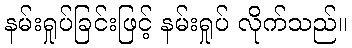
နမ်းရှုပ်ခြင်းဖြင့် နမ်းရှုပ် လိုက်သည်။